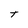
Character: T